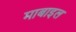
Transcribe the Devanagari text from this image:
माबाइल